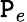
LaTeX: \mathtt{P}_{e}